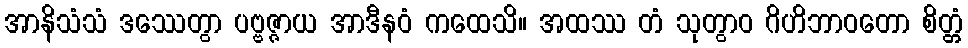
အာနိသံသံ ဒဿေတွာ ပဗ္ဗဇ္ဇာယ အာဒီနဝံ ကထေသိ။ အထဿ တံ သုတွာဝ ဂိဟိဘာဝတော စိတ္တံ